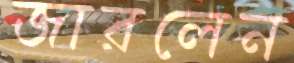
জারলেন